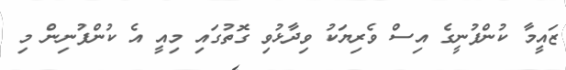
ޒައީމާ ކުންފުނީގެ އިސް ވެރިޔަކު ވިދާޅުވި ގޮތުގައި މިއީ އެ ކުންފުނިން މި